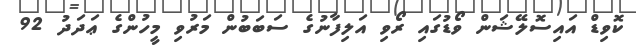
ކޮވިޑް އައިސޮލޭޝަން ވޯޑުގައި ރޯވި އަލިފާނުގެ ސަބަބުން މަރުވި މީހުންގެ ޢަދަދު 92